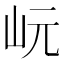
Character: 岏